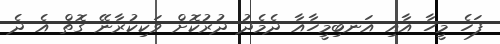
ފަހެ މީހާ އާއި އަނބިމީހާއާ ދެމެދު ދުރުކޮށް ވަކިކުރާނޭ ގޮތް އެ ދެ